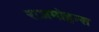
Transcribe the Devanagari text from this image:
राजमोहन्स